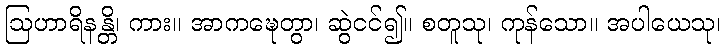
ဩဟာရိနန္တိ၊ ကား။ အာကဍ္ဎေတွာ၊ ဆွဲငင်၍။ စတူသု၊ ကုန်သော။ အပါယေသု၊